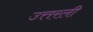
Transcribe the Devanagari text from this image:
उत्तरली